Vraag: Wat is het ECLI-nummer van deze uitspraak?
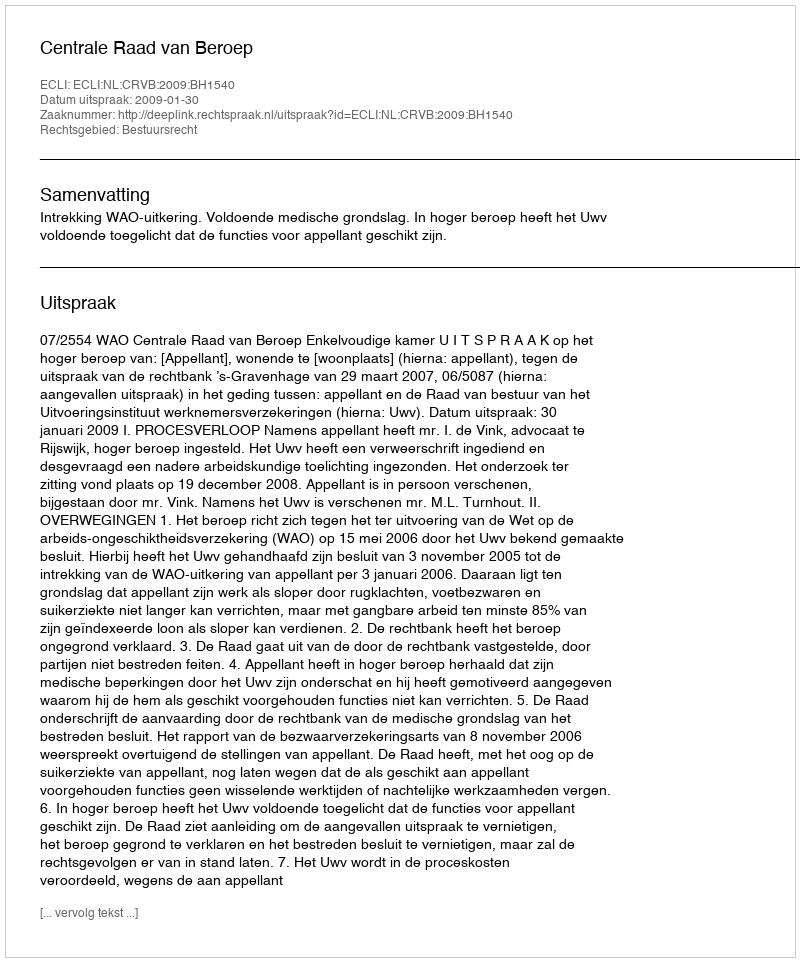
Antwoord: ECLI:NL:CRVB:2009:BH1540